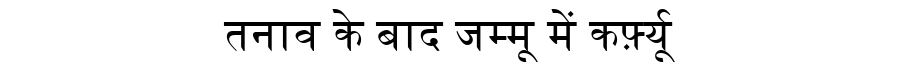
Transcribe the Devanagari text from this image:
तनाव के बाद जम्मू में कर्फ़्यू